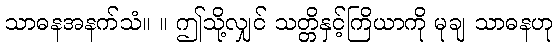
သာဓနအနက်သံ။ ။ ဤသို့လျှင် သတ္တိနှင့်ကြိယာကို မုချ သာဓနဟု